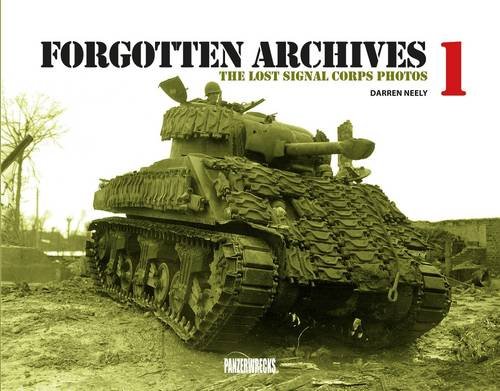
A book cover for Forgotten Archives: The Lost Signal Corps Photos: 1; Darren Neely; History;